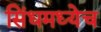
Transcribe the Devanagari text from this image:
सिंधमध्येच